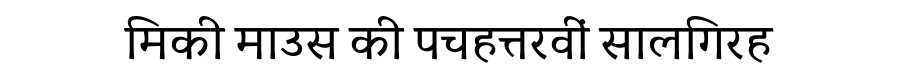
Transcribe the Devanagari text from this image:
मिकी माउस की पचहत्तरवीं सालगिरह